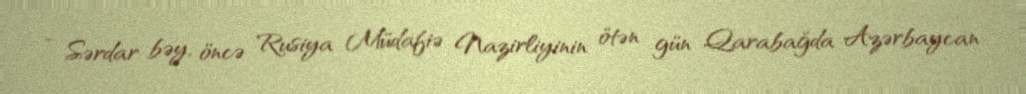
- Sərdar bəy, öncə Rusiya Müdafiə Nazirliyinin ötən gün Qarabağda Azərbaycan